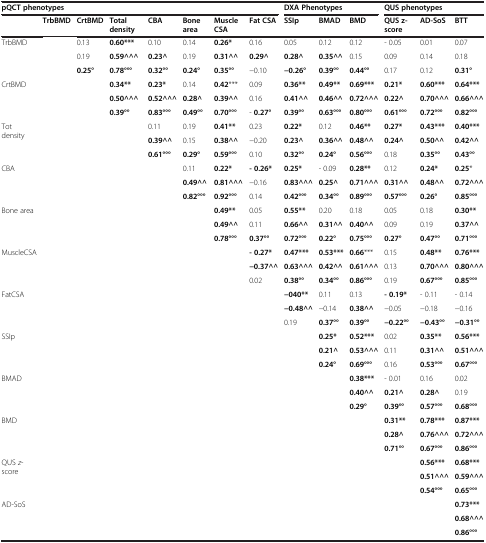
<table><thead><tr><td colspan="8"><b>pQCT phenotypes</b></td><td colspan="3"><b>DXA Phenotypes</b></td><td colspan="3"><b>QUS phenotypes</b></td></tr><tr><td><b> </b></td><td><b>TrbBMD</b></td><td><b>CrtBMD</b></td><td><b>Total density</b></td><td><b>CBA</b></td><td><b>Bone area</b></td><td><b>Muscle CSA</b></td><td><b>Fat CSA</b></td><td><b>SSIp</b></td><td><b>BMAD</b></td><td><b>BMD</b></td><td><b>QUS z-score</b></td><td><b>AD-SoS</b></td><td><b>BTT</b></td></tr></thead><tbody><tr><td rowspan="3">TrbBMD</td><td rowspan="3"> </td><td>0.13</td><td><b>0.60***</b></td><td>0.10</td><td>0.14</td><td><b>0.26*</b></td><td>0.16</td><td>0.05</td><td>0.12</td><td>0.12</td><td>- 0.05</td><td>0.01</td><td>0.07</td></tr><tr><td>0.19</td><td><b>0.59^^^</b></td><td><b>0.23^</b></td><td>0.19</td><td><b>0.31^^</b></td><td><b>0.29^</b></td><td><b>0.28^</b></td><td><b>0.35^^</b></td><td>0.15</td><td>0.09</td><td>0.14</td><td>0.18</td></tr><tr><td><b>0.25°</b></td><td><b>0.78°°°</b></td><td><b>0.32°°</b></td><td><b>0.24°</b></td><td><b>0.35°°</b></td><td>−0.10</td><td><b>−0.26°</b></td><td><b>0.39°°</b></td><td><b>0.44°°</b></td><td>0.17</td><td>0.12</td><td><b>0.31°</b></td></tr><tr><td rowspan="3">CrtBMD</td><td rowspan="3"> </td><td rowspan="3"> </td><td><b>0.34**</b></td><td><b>0.23*</b></td><td>0.14</td><td><b>0.42</b>***</td><td>0.09</td><td><b>0.36**</b></td><td><b>0.49**</b></td><td><b>0.69***</b></td><td><b>0.21*</b></td><td><b>0.60***</b></td><td><b>0.64***</b></td></tr><tr><td><b>0.50^^^</b></td><td><b>0.52^^^</b></td><td><b>0.28^</b></td><td><b>0.39^^</b></td><td>0.16</td><td><b>0.41^^</b></td><td><b>0.46^^</b></td><td><b>0.72^^^</b></td><td><b>0.22^</b></td><td><b>0.70^^^</b></td><td><b>0.66^^^</b></td></tr><tr><td><b>0.39°°</b></td><td><b>0.83°°°</b></td><td><b>0.49°°</b></td><td><b>0.70°°°</b></td><td>- <b>0.27°</b></td><td><b>0.39°°</b></td><td><b>0.63°°°</b></td><td><b>0.80°°°</b></td><td><b>0.61°°°</b></td><td><b>0.72°°°</b></td><td><b>0.82°°°</b></td></tr><tr><td rowspan="3">Tot density</td><td rowspan="3"> </td><td rowspan="3"> </td><td rowspan="3"> </td><td>0.11</td><td>0.19</td><td><b>0.41**</b></td><td>0.23</td><td><b>0.22*</b></td><td>0.12</td><td><b>0.46**</b></td><td><b>0.27*</b></td><td><b>0.43***</b></td><td><b>0.40***</b></td></tr><tr><td><b>0.39^^</b></td><td>0.15</td><td><b>0.38^^</b></td><td>−0.20</td><td><b>0.23^</b></td><td><b>0.36^^</b></td><td><b>0.48^^</b></td><td><b>0.24^</b></td><td><b>0.50^^</b></td><td><b>0.42^^</b></td></tr><tr><td><b>0.61°°°</b></td><td><b>0.29°</b></td><td><b>0.59°°°</b></td><td>0.10</td><td><b>0.32°°</b></td><td><b>0.24°</b></td><td><b>0.56°°°</b></td><td>0.18</td><td><b>0.35°°</b></td><td><b>0.43°°</b></td></tr><tr><td rowspan="3">CBA</td><td rowspan="3"> </td><td rowspan="3"> </td><td rowspan="3"> </td><td rowspan="3"> </td><td>0.11</td><td><b>0.22*</b></td><td><b>- 0.26*</b></td><td><b>0.25*</b></td><td>- 0.09</td><td><b>0.28**</b></td><td>0.12</td><td><b>0.24*</b></td><td><b>0.25</b>*</td></tr><tr><td><b>0.49^^</b></td><td><b>0.81^^^</b></td><td>−0.16</td><td><b>0.83^^^</b></td><td><b>0.25^</b></td><td><b>0.71^^^</b></td><td><b>0.31^^</b></td><td><b>0.48^^</b></td><td><b>0.72^^^</b></td></tr><tr><td><b>0.82°°°</b></td><td><b>0.92°°°</b></td><td>0.14</td><td><b>0.42°°°</b></td><td><b>0.34°°</b></td><td><b>0.89°°°</b></td><td><b>0.57°°°</b></td><td><b>0.26°</b></td><td><b>0.85°°°</b></td></tr><tr><td rowspan="3">Bone area</td><td rowspan="3"> </td><td rowspan="3"> </td><td rowspan="3"> </td><td rowspan="3"> </td><td rowspan="3"> </td><td><b>0.49**</b></td><td>0.05</td><td><b>0.55**</b></td><td>0.20</td><td>0.18</td><td>0.05</td><td>0.18</td><td><b>0.30**</b></td></tr><tr><td><b>0.49^^</b></td><td>0.11</td><td><b>0.66^^</b></td><td><b>0.31^^</b></td><td><b>0.40^^</b></td><td>0.09</td><td>0.19</td><td><b>0.37^^</b></td></tr><tr><td><b>0.78°°°</b></td><td><b>0.37°°</b></td><td><b>0.72°°°</b></td><td><b>0.22°</b></td><td><b>0.75°°°</b></td><td><b>0.27°</b></td><td><b>0.47°°</b></td><td><b>0.71°°°</b></td></tr><tr><td rowspan="3">MuscleCSA</td><td rowspan="3"> </td><td rowspan="3"> </td><td rowspan="3"> </td><td rowspan="3"> </td><td rowspan="3"> </td><td rowspan="3"> </td><td><b>- 0.27*</b></td><td><b>0.47***</b></td><td><b>0.53***</b></td><td><b>0.66</b>***</td><td>0.15</td><td><b>0.48**</b></td><td><b>0.76***</b></td></tr><tr><td><b>−0.37^^</b></td><td><b>0.63^^^</b></td><td><b>0.42^^</b></td><td><b>0.61^^^</b></td><td>0.13</td><td><b>0.70^^^</b></td><td><b>0.80^^^</b></td></tr><tr><td>0.02</td><td><b>0.38°°</b></td><td><b>0.34°°</b></td><td><b>0.86°°°</b></td><td>0.19</td><td><b>0.67°°°</b></td><td><b>0.85°°°</b></td></tr><tr><td rowspan="3">FatCSA</td><td rowspan="3"> </td><td rowspan="3"> </td><td rowspan="3"> </td><td rowspan="3"> </td><td rowspan="3"> </td><td rowspan="3"> </td><td rowspan="3"> </td><td><b>−040**</b></td><td>0.11</td><td>0.13</td><td><b>- 0.19*</b></td><td>- 0.11</td><td>- 0.14</td></tr><tr><td><b>−0.48^^</b></td><td>−0.14</td><td><b>0.38^^</b></td><td>−0.05</td><td>−0.18</td><td>−0.16</td></tr><tr><td>0.19</td><td><b>0.37°°</b></td><td><b>0.39°°</b></td><td><b>−0.22°°</b></td><td><b>−0.43°°</b></td><td><b>−0.31°°</b></td></tr><tr><td rowspan="3">SSIp</td><td rowspan="3"> </td><td rowspan="3"> </td><td rowspan="3"> </td><td rowspan="3"> </td><td rowspan="3"> </td><td rowspan="3"> </td><td rowspan="3"> </td><td rowspan="3"> </td><td><b>0.25*</b></td><td><b>0.52***</b></td><td>0.02</td><td><b>0.35**</b></td><td><b>0.56***</b></td></tr><tr><td><b>0.21^</b></td><td><b>0.53^^^</b></td><td>0.11</td><td><b>0.31^^</b></td><td><b>0.51^^^</b></td></tr><tr><td><b>0.24°</b></td><td><b>0.69°°°</b></td><td>0.16</td><td><b>0.53°°°</b></td><td><b>0.67°°°</b></td></tr><tr><td rowspan="3">BMAD</td><td rowspan="3"> </td><td rowspan="3"> </td><td rowspan="3"> </td><td rowspan="3"> </td><td rowspan="3"> </td><td rowspan="3"> </td><td rowspan="3"> </td><td rowspan="3"> </td><td rowspan="3"> </td><td><b>0.38***</b></td><td>- 0.01</td><td>0.16</td><td>0.02</td></tr><tr><td><b>0.40^^</b></td><td><b>0.21^</b></td><td><b>0.28^</b></td><td>0.19</td></tr><tr><td><b>0.29°</b></td><td><b>0.39°°</b></td><td><b>0.57°°°</b></td><td><b>0.68°°°</b></td></tr><tr><td rowspan="3">BMD</td><td rowspan="3"> </td><td rowspan="3"> </td><td rowspan="3"> </td><td rowspan="3"> </td><td rowspan="3"> </td><td rowspan="3"> </td><td rowspan="3"> </td><td rowspan="3"> </td><td rowspan="3"> </td><td rowspan="3"> </td><td><b>0.31**</b></td><td><b>0.78***</b></td><td><b>0.87***</b></td></tr><tr><td><b>0.28^</b></td><td><b>0.76^^^</b></td><td><b>0.72^^^</b></td></tr><tr><td><b>0.71°°</b></td><td><b>0.67°°°</b></td><td><b>0.86°°°</b></td></tr><tr><td rowspan="3">QUS <i>z</i>-score</td><td rowspan="3"> </td><td rowspan="3"> </td><td rowspan="3"> </td><td rowspan="3"> </td><td rowspan="3"> </td><td rowspan="3"> </td><td rowspan="3"> </td><td rowspan="3"> </td><td rowspan="3"> </td><td rowspan="3"> </td><td rowspan="3"> </td><td><b>0.56***</b></td><td><b>0.68***</b></td></tr><tr><td><b>0.51^^^</b></td><td><b>0.59^^^</b></td></tr><tr><td><b>0.54°°°</b></td><td><b>0.65°°°</b></td></tr><tr><td rowspan="3">AD-SoS</td><td rowspan="3"> </td><td rowspan="3"> </td><td rowspan="3"> </td><td rowspan="3"> </td><td rowspan="3"> </td><td rowspan="3"> </td><td rowspan="3"> </td><td rowspan="3"> </td><td rowspan="3"> </td><td rowspan="3"> </td><td rowspan="3"> </td><td rowspan="3"> </td><td><b>0.73***</b></td></tr><tr><td><b>0.68^^^</b></td></tr><tr><td><b>0.86°°°</b></td></tr></tbody></table>